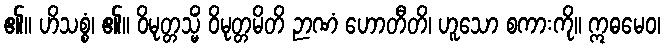
၏။ ဟိသစ္စံ၊ ၏။ ဝိမုတ္တသ္မိံ ဝိမုတ္တမိတိ ဉာဏံ ဟောတီတိ၊ ဟူသော စကားကို။ ဣဓမေဝ၊